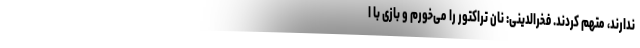
ندارند، متهم کردند. فخرالدینی: نان تراکتور را می‌خورم و بازی با ا